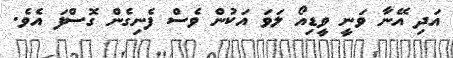
އަދި އޭނާ ވަނީ ވީޑިއޯ ލަވަ އަކުން ވެސް ފެނިގެން ގޮސްފަ އެވެ.